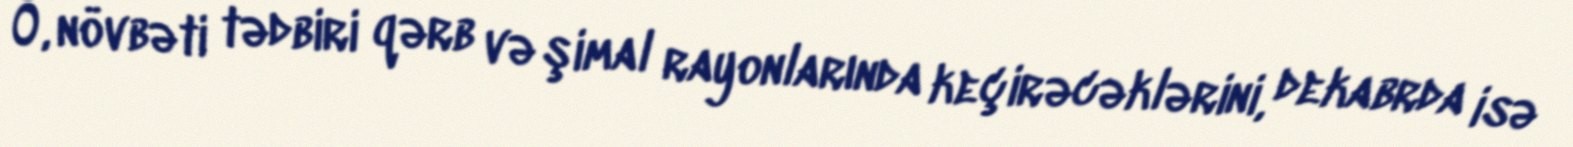
O, növbəti tədbiri qərb və şimal rayonlarında keçirəcəklərini, dekabrda isə